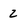
Character: 2